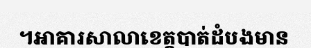
។អាគារសាលាខេត្តបាត់ដំបងមាន